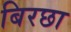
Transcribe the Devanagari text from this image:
बिरछा